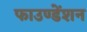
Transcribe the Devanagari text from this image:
फाउण्डेंशन